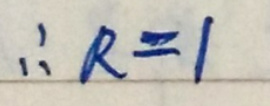
\(\therefore R = 1\)